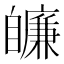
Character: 𦤩